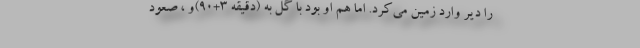
را دیر وارد زمین می‌کرد. اما هم او بود با گل به (دقیقه 3+90)و ، صعود